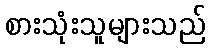
စားသုံးသူများသည်